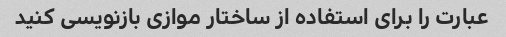
عبارت را برای استفاده از ساختار موازی بازنویسی کنید